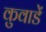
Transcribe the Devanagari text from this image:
कुवाडें